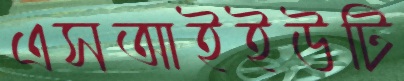
এসআইইউটি